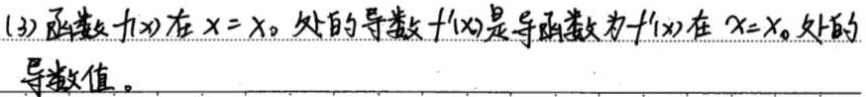
函数 \(f(x)\) 在 \(x = x_0\) 处的导数 \(f'(x_0)\) 是导函数 \(f'(x)\) 在 \(x = x_0\) 处的导数值。